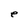
Character: e